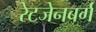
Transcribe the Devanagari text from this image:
रेटजेनबर्ग